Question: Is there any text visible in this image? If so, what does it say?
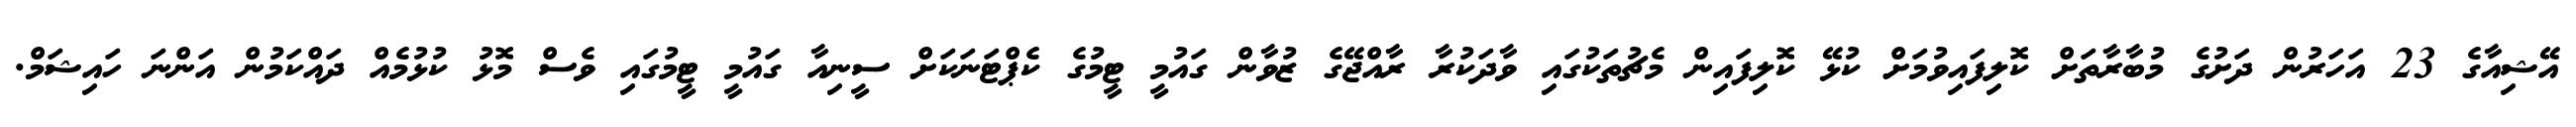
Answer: އޭޝިއާގެ 23 އަހަރުން ދަށުގެ މުބާރާތަށް ކޮލިފައިވުމަށް ކުޅޭ ކޮލިފައިން މެޗުތަކުގައި ވާދަކުރާ ރާއްޖޭގެ ޒުވާން ގައުމީ ޓީމުގެ ކެޕްޓަނަކަށް ސީނިއާ ގައުމީ ޓީމުގައި ވެސް މޮޅު ކުޅުމެއް ދައްކަމުން އަންނަ ހައިޝަމް.